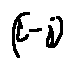
( L - j )